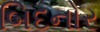
બિદનોર